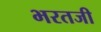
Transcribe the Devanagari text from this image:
भरतजी